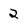
Character: 2